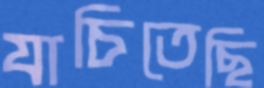
যাচিতেছি